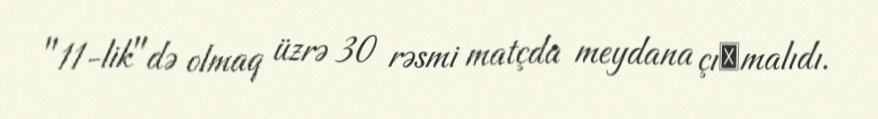
"11-lik"də olmaq üzrə 30 rəsmi matçda meydana çıхmalıdı.